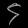
Digit: ၄